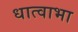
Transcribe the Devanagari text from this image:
धात्वाभा